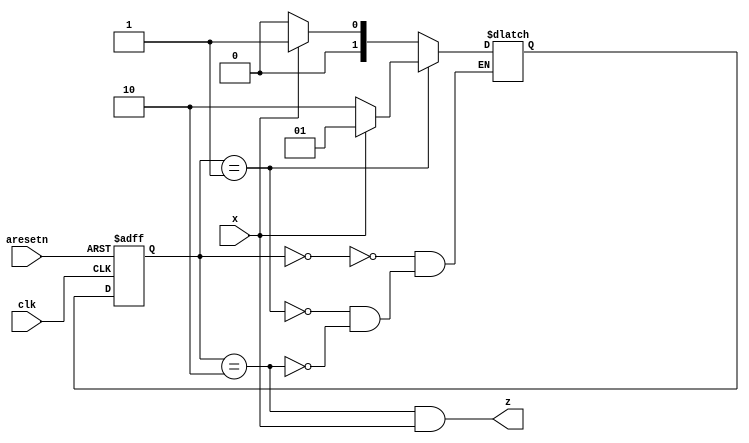
module top_module(
    input clk,
    input aresetn,
    input x,
    output z
);

    parameter IDLE=2'b00, RUN=2'b01, DONE=2'b10;
    reg [1:0]curr_state,next_state;

    always @(posedge clk or negedge aresetn) begin
        if(!aresetn) curr_state<=      IDLE;
        else         curr_state<=next_state;
    end 


    always @(*) begin
        case(curr_state)
        IDLE:   if(x) next_state= RUN;
                else  next_state=IDLE;

        RUN :   if(x) next_state= RUN;
                else  next_state=DONE;

        DONE:   if(x) next_state= RUN;
                else  next_state=IDLE;
        endcase
    end
    assign z=((curr_state==DONE)&(x));


endmodule